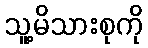
သူ့မိသားစုကို